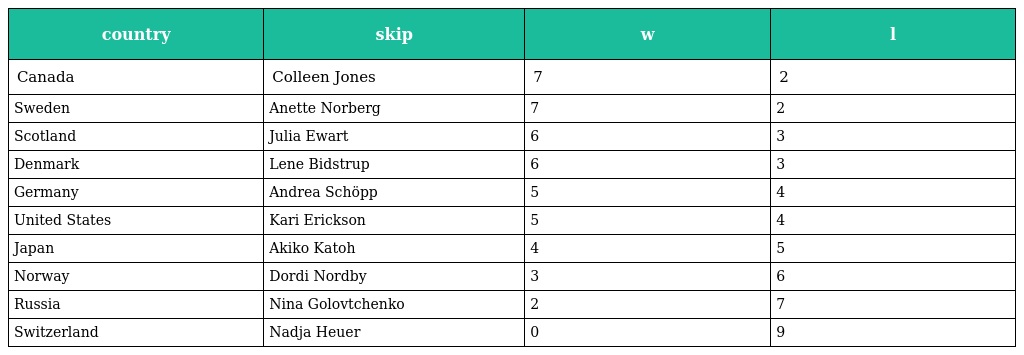
| country | skip | w | l |
 | --- | --- | --- | --- |
 | Canada | Colleen Jones | 7 | 2 |
 | Sweden | Anette Norberg | 7 | 2 |
 | Scotland | Julia Ewart | 6 | 3 |
 | Denmark | Lene Bidstrup | 6 | 3 |
 | Germany | Andrea Schöpp | 5 | 4 |
 | United States | Kari Erickson | 5 | 4 |
 | Japan | Akiko Katoh | 4 | 5 |
 | Norway | Dordi Nordby | 3 | 6 |
 | Russia | Nina Golovtchenko | 2 | 7 |
 | Switzerland | Nadja Heuer | 0 | 9 |